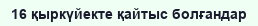
16 қыркүйекте қайтыс болғандар